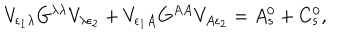
V _ { \epsilon _ { 1 } \lambda } G ^ { \lambda \lambda } V _ { \lambda \epsilon _ { 2 } } + V _ { \epsilon _ { 1 } A } G ^ { A A } V _ { A \epsilon _ { 2 } } = A _ { s } ^ { 0 } + C _ { s } ^ { 0 } ,